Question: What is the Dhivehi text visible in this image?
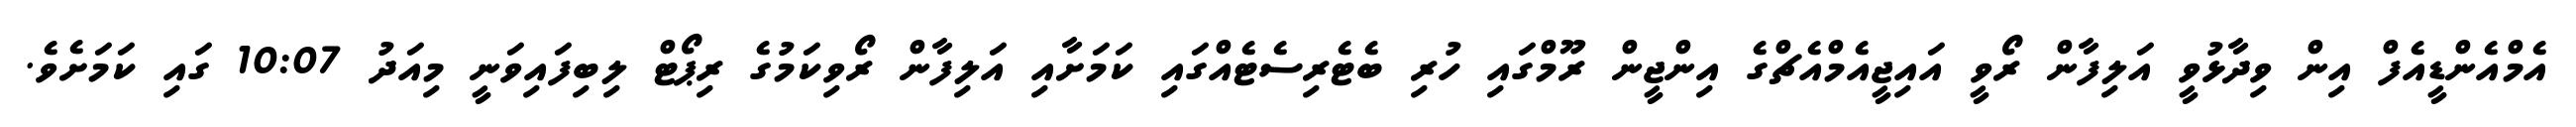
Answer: އެމްއެންޑީއެފް އިން ވިދާޅުވީ އަލިފާން ރޯވީ އައިޖީއެމްއެޗްގެ އިންޖީން ރޫމްގައި ހުރި ބެޓެރިސެޓެއްގައި ކަމަށާއި އަލިފާން ރޯވިކަމުގެ ރިޕޯޓް ލިބިފައިވަނީ މިއަދު 10:07 ގައި ކަމަށެވެ.